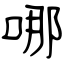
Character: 哪